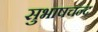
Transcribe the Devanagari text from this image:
सुभाषचन्द